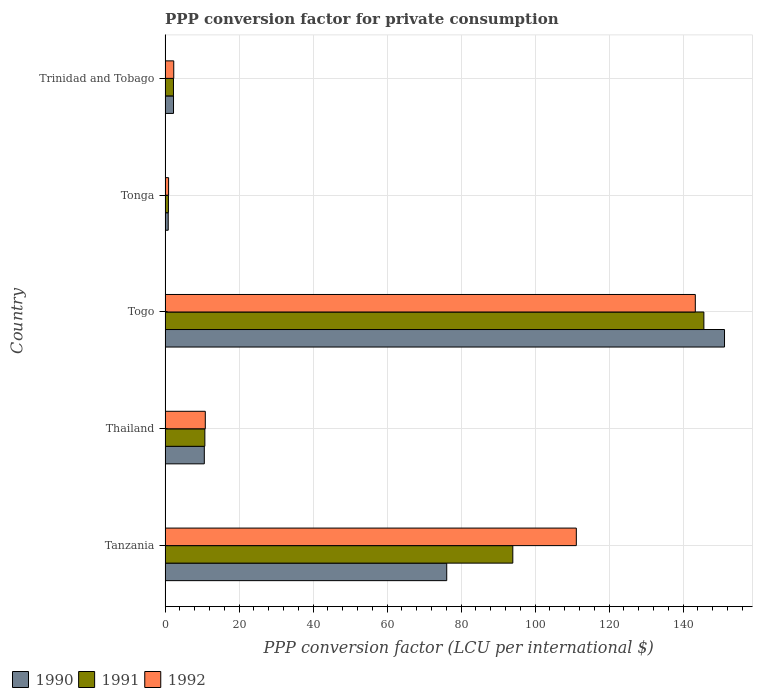
| Country | 1990 | 1991 | 1992 |
 | --- | --- | --- | --- |
 | Tanzania | 76.1 | 94 | 111 |
 | Thailand | 10.6 | 10.7 | 10.9 |
 | Togo | 151 | 146 | 143 |
 | Tonga | 0.85 | 0.902 | 0.944 |
 | Trinidad and Tobago | 2.27 | 2.26 | 2.34 |